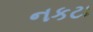
નકટા